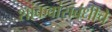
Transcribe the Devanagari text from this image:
शांकवांसंबंधीचे